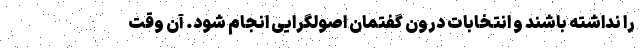
را نداشته باشند و انتخابات درون گفتمان اصولگرایی انجام شود. آن وقت